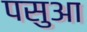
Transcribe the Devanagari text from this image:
पसुआ